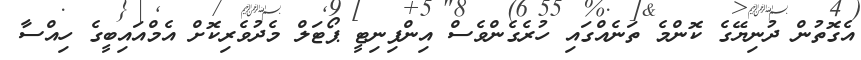
އެގޮތުން ދުނިޔޭގެ ކޮންމެ ތަނެއްގައި ހުރެގެންވެސް އިންފިނިޓީ ޕޯޓަލް މެދުވެރިކޮށް އެމްއައިބީގެ ހިއްސާ